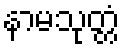
နာမသုတ္တံ